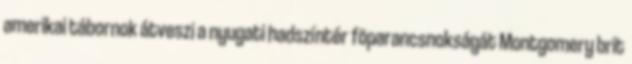
amerikai tábornok átveszi a nyugati hadszíntér fõparancsnokságát Montgomery brit